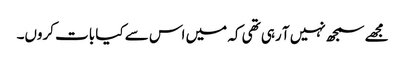
مجھے سمجھ نہیں آ رہی تھی کہ میں اس سے کیا بات کروں۔